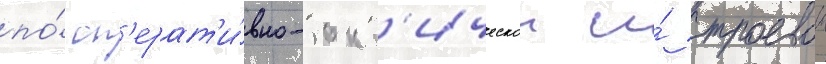
по́ оп'ерат'и́вно-такт'ическои и́ строевои